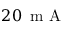
2 0 \, \textrm { m A }